Civil Veterinary Dept. Assam report 1911-1927 - 1911-1927
Year: 1911
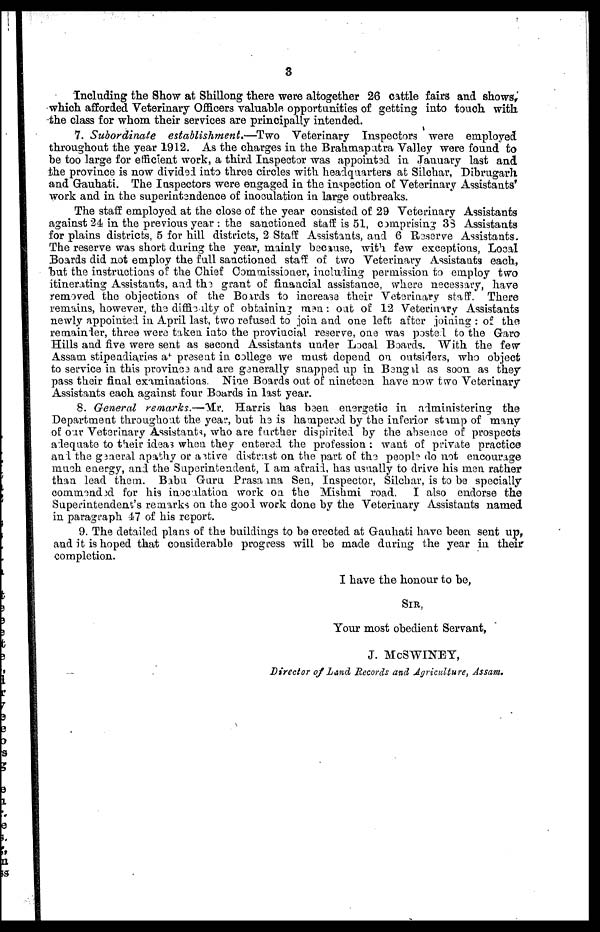
3
Including the Show at Shillong there were altogether 26 cattle fairs and shows,
which afforded Veterinary Officers valuable opportunities of getting into touch with
the class for whom their services are principally intended.
7. Subordinate establishment.—Two Veterinary Inspectors were employed
throughout the year 1912. As the charges in the Brahmapatra Valley were found to
be too large for efficient work, a third Inspector was appointed in January last and
the province is now divided into three circles with headquarters at Silchar, Dibrugarh
and Gauhati. The Inspectors were engaged in the inspection of Veterinary Assistants'
work and in the superintendence of inoculation in large outbreaks.
The staff employed at the close of the year consisted of 29 Veterinary Assistants
against 24 in the previous year : the sanctioned staff is 51, comprising 33 Assistants
for plains districts, 5 for hill districts, 2 Staff Assistants, and 6 Reserve Assistants.
The reserve was short during the year, mainly because, with few exceptions, Local
Boards did not employ the full sanctioned staff of two Veterinary Assistants each,
but the instructions of the Chief Commissioner, including permission to employ two
itinerating Assistants, and the grant of financial assistance, where necessary, have
removed the objections of the Boards to increase their Veterinary staff. There
remains, however, the difficulty of obtaining men: out of 12 Veterinary Assistants
newly appointed in April last, two refused to join and one left after joining : of the
remainder, three were taken into the provincial reserve, one was posted to the Garo
Hills and five were sent as second Assistants under Local Boards. With the few
Assam stipendiaries at present in college we must depend on outsiders, who object
to service in this province and are generally snapped up in Bengal as soon as they
pass their final examinations. Nine Boards out of nineteen have now two Veterinary
Assistants each against four Boards in last year.
8. General remarks—-'Mr. Harris has been energetic in administering the
Department throughout the year, but he is hampered by the inferior stamp of many
of our Veterinary Assistants, who are further dispirited by the absence of prospects
adequate to their ideas when they entered the profession : want of private practice
and the general apathy or active distrust on the part of the people do not encourage
much energy, and the Superintendent, I am afraid, has usually to drive his men rather
than lead them. Babu Guru Prasanna Sen, Inspector, Silchar, is to be specially
commend
for his inoculation work on the Mishmi road. I also endorse the
Superintendent's remarks on the good work done by the Veterinary Assistants named
in paragraph 47 of his report.
9. The detailed plans of the buildings to be erected at Gauhati have been sent up,
and it is hoped that considerable progress will be made during the year in their
completion.
I have the honour to be,
SIR,
Your most obedient Servant,
J. MoSWINET,
Director of Land Records and Agriculture, Assam,